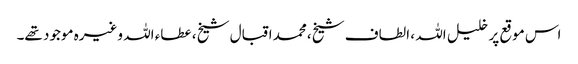
اس موقع پر خلیل اللہ ، الطاف شیخ ،محمد اقبال شیخ ، عطاء اللہ وغیرہ موجود تھے۔